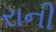
રાની